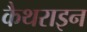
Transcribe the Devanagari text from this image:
कैथराइन